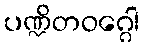
ပဏ္ဍိတဝဂ္ဂေါ